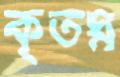
কৃতঘ্ন